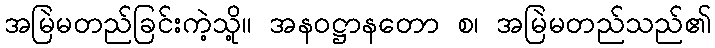
အမြဲမတည်ခြင်းကဲ့သို့။ အနဝဋ္ဌာနတော စ၊ အမြဲမတည်သည်၏